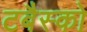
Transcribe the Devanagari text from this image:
टबैस्को